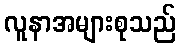
လူနာအများစုသည်